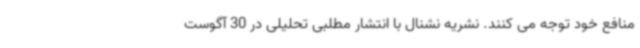
منافع خود توجه می کنند. نشریه نشنال با انتشار مطلبی تحلیلی در 30 آگوست